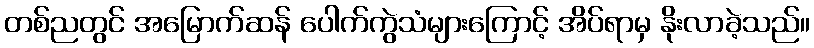
တစ်ညတွင် အမြောက်ဆန် ပေါက်ကွဲသံများကြောင့် အိပ်ရာမှ နိုးလာခဲ့သည်။